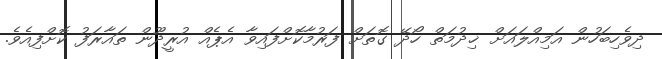
ދިވެހިބަހުން އަމިއްލައަށް ޚިދުމަތް ހޯދޭ ގޮތަށް ފަރުމާކޮށްފައިވާ އެޕެއް އުރީދޫން ތައާރަފު ކޮށްފިއެވެ.